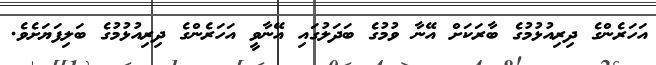
އަހަރެންގެ ދިރިއުޅުމުގެ ބާރަކަށް އޭނާ ވުމުގެ ބަދަލުގައި އޭނާވީ އަހަރެންގެ ދިރިއުޅުމުގެ ބަލިފަޔަށެވެ.